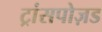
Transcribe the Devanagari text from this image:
ट्रांसपोज़ड